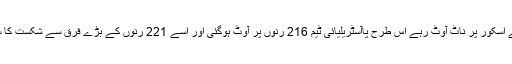
کیفے صفر کے اسکور پر ناٹ آوٹ رہے اس طرح پاآسٹریلیائی ٹیم 216 رنوں پر آوٹ ہوگئی اور اسے 221 رنوں کے بڑے فرق سے شکست کا سامنا کرنا پڑا ۔